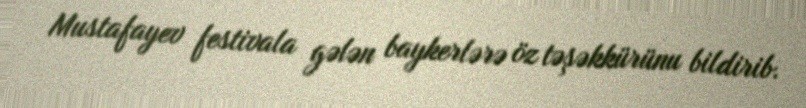
Mustafayev festivala gələn baykerlərə öz təşəkkürünu bildirib.